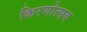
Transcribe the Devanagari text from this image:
किरणोत्सव